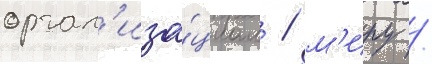
орган'иза́циам / м'иру /